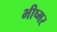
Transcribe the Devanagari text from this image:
भीष्मर